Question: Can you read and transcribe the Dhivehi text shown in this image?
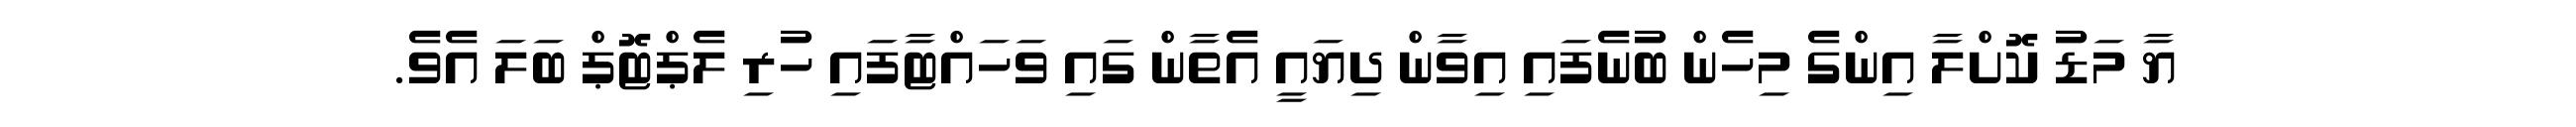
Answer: ޔާ މަޑު ކޮށްލާ އިންގެ މިހެން ބުނެފައި އިވާން ދިޔައީ އެތާން ގައި ވަހައްޓާފައި ހުރި ލެޕްޓޮޕް ބަލަ އެވެ.